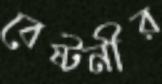
বেষ্টনীর